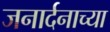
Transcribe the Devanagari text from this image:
जनार्दनाच्या